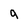
Character: a